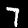
Label: 7